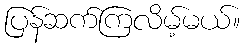
ပြန်ဆက်ကြလိမ့်မယ်။